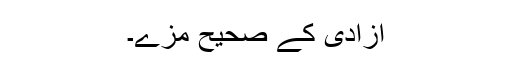
آزادی کے صحیح مزے۔